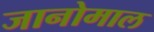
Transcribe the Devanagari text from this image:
जानोमाल